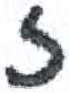
אות: ז